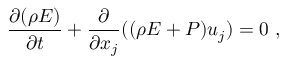
\frac { \partial ( \rho E ) } { \partial t } + \frac { \partial } { \partial x _ { j } } ( ( \rho E + P ) u _ { j } ) = 0 \mathrm { ~ , ~ }